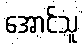
အောင်သူ